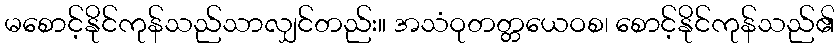
မစောင့်နိုင်ကုန်သည်သာလျှင်တည်း။ အသံဝုတတ္တယေဝစ၊ စောင့်နိုင်ကုန်သည်၏